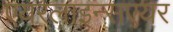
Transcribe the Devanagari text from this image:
एयरलाइन्सएयर